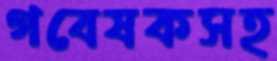
গবেষকসহ